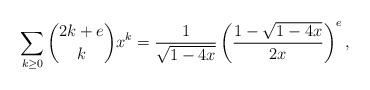
LaTeX: \begin{align*}\sum_{k\ge 0}\binom{2k+e}{k}x^{k}=\frac{1}{\sqrt{1-4x}}\left(\frac{1-\sqrt{1-4x}}{2x}\right)^{e},\end{align*}